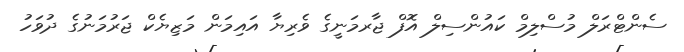
ސެންޓްރަލް މުސްލިމް ކައުންސިލް އޮފް ޖާރމަނީގެ ވެރިޔާ އައިމަން މަޒިޔެކް ޖަރުމަނުގެ ދުވަހު